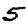
Digit: 5